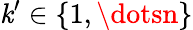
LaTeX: \mathit{k}^{\prime}\in\{ 1,\dotsn\}